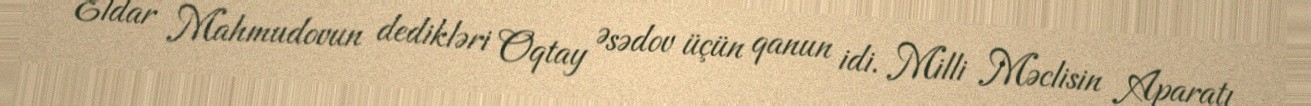
Eldar Mahmudovun dedikləri Oqtay Əsədov üçün qanun idi. Milli Məclisin Aparatı